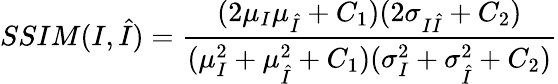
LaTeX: {SSIM}(I,\hat{I})=\frac{(2\mu_{I}\mu_{\hat{I}}+C_{1})(2\sigma_{I\hat{I}}+C_{2})}{(\mu_{I}^{2}+\mu_{\hat{I}}^{2}+C_{1})(\sigma_{I}^{2}+\sigma_{\hat{I}}^{2}+C_{2})}